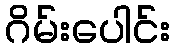
ဂိမ်းပေါင်း